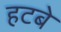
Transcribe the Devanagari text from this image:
हटबे